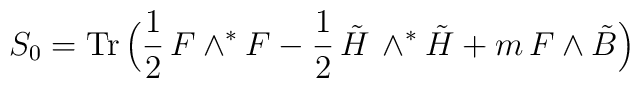
S_0={\rm Tr}\,\Bigl(\frac{1}{2}\,F\wedge^\ast F-\frac{1}{2}\,\tilde H\,\wedge^\ast {\tilde H}+m\,F\wedge \tilde B\Bigr)